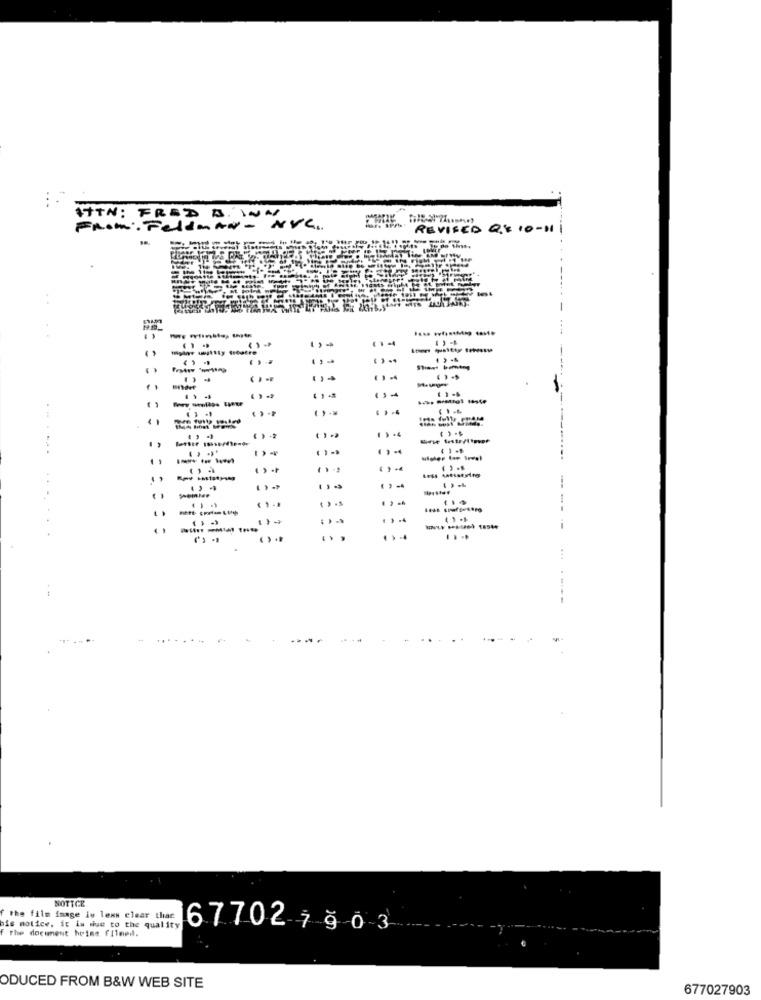
ITTN: FRED D. WN
FROM: FeldMAN - NVC.
REVISED QE 10-111
=
-
----
() -4
----
. .
----
() ..
...
---
NOTICE
f the film image is lens clear that
bis motice, it is due to the quality
the document hpine fIlmed.
677027 ğ03
ODUCED FROM B&W WEB SITE
677027903